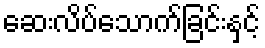
ဆေးလိပ်သောက်ခြင်းနှင့်